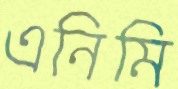
এনিমি